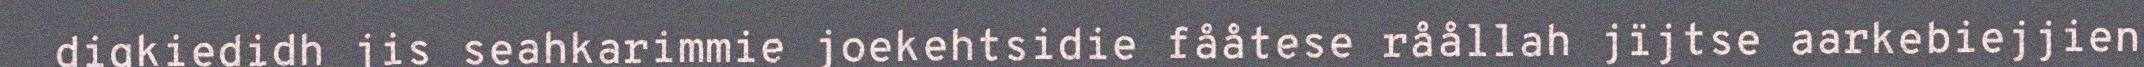
digkiedidh jis seahkarimmie joekehtsidie fååtese råållah jïjtse aarkebiejjien